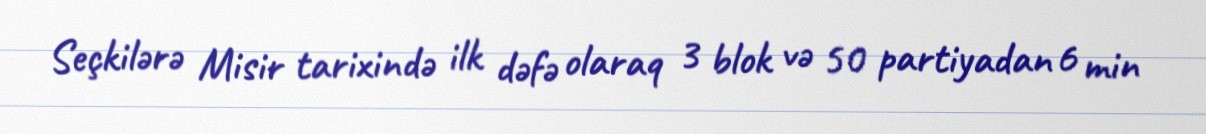
Seçkilərə Misir tarixində ilk dəfə olaraq 3 blok və 50 partiyadan 6 min